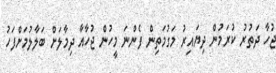
ޖުހާ ދަތުރު ކުރަމުން ދިޔައިރު މަގުމަތިން ފެންނަ މީހުން ޖުހާއާ ދިމާލަށް ބަލާލުމަށްފަހު